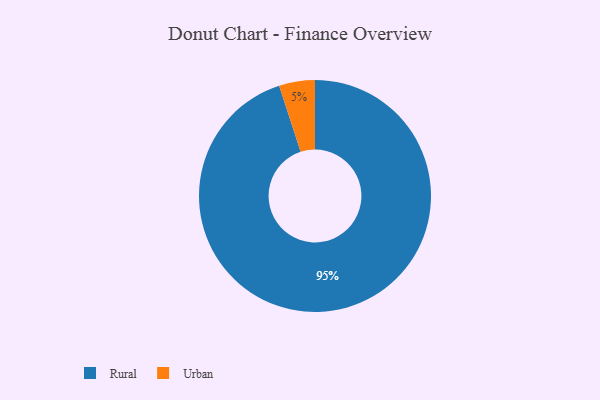
{"axis": {"x": "Category", "y": "Percentage"}, "legend": ["Rural", "Urban"], "data": [{"x": "Urban", "y": 5, "type": "Urban"}, {"x": "Rural", "y": 95, "type": "Rural"}]}